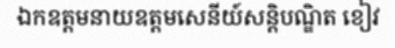
ឯកឧត្តមនាយឧត្តមសេនីយ៍សន្តិបណ្ឌិត ខៀវ